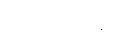
ယံတုမဿ